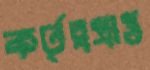
কর্তৃত্বপ্রাপ্ত